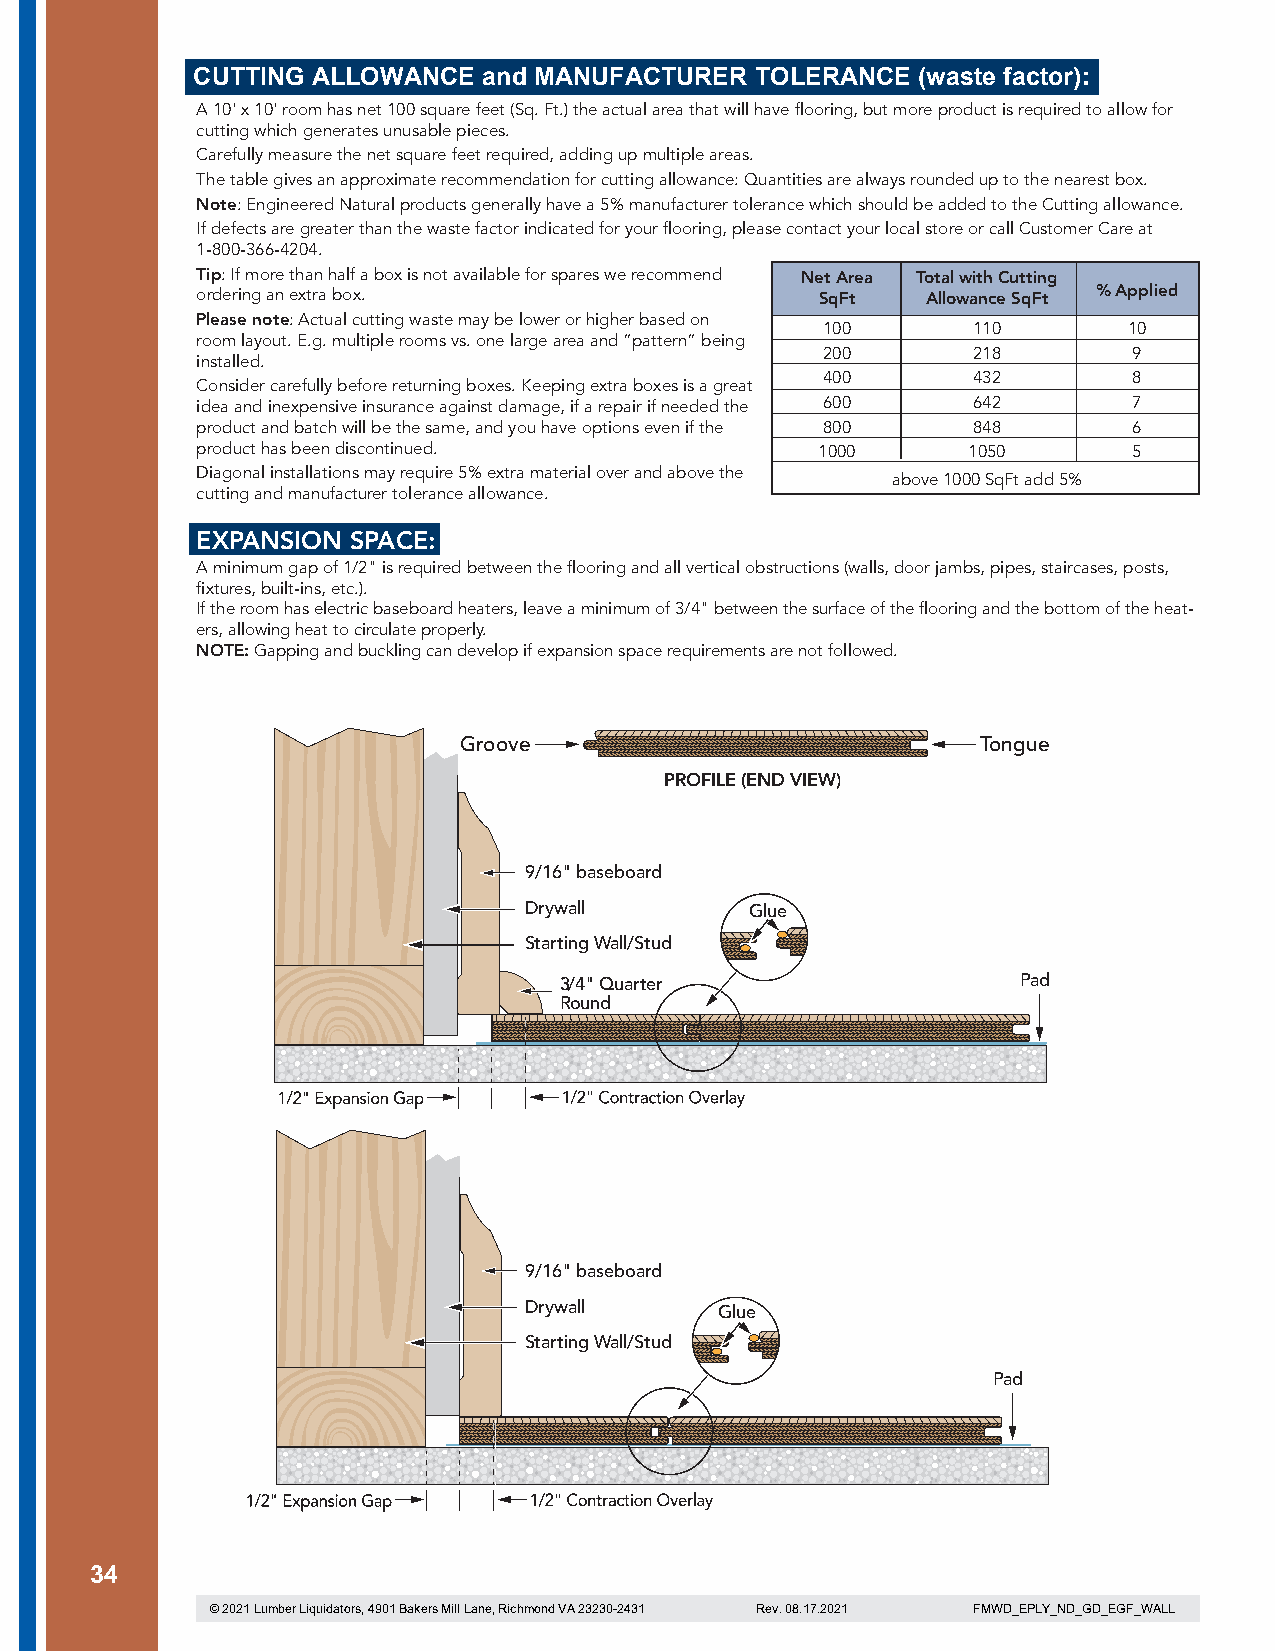
CUTTING ALLOWANCE  and MANUFACTURER  TOLERANCE  (waste factor):
 A 10' x 10' room has net 100 square feet (Sq. Ft.) the actual area that will have flooring, but more product is required to allow for
 cutting which generates unusable pieces.
 Carefully measure the net square feet required, adding up multiple areas.
 The table gives an approximate recommendation for cutting allowa nce: Quantities are always rounded up to the nearest box.
 Note: Engineered Natural products generally have a 5% manufactur er tolerance which should be added to the Cutting allowance.
 If defects are greater than the waste factor indicated for your flooring, please contact your local store or call Customer Care at
 1-800-366-4204.
 Tip: If more than hal f a box is not available for spares we recommend Net Area Total with Cutting
 ordering an extra bo x.                  SqFt   Allowance SqFt % Applied
 Please note: Actual cutting waste may be lower or higher based on
 100       110        10
 room layout. E.g. multiple rooms vs. one large area and ”pattern” being
 200       218        9
 installed.
 400       432        8
 Consider carefully before returning boxes. Keeping extra boxes is a great
 idea and inexpensive insurance against damage, if a repair if needed the 600 642 7
 product and batch w ill be the same, and you have opt ions even if the 800 848 6
 product has been dis continued.          1000      1050       5
 Diagonal installations may require 5% extra material over and above the
 above 1000 SqFt add 5%
 cutting and manufacturer tolerance allowance.
 EXPANSION SPACE:
 A minimum gap of 1/2" is required between the flooring and all vertical obstructions (walls, door jambs, pipes, staircases, posts,
 fixtures, built-ins, etc.).
 If the room has electric baseboard heaters, leave a minimum of 3/4" between the surface of the flooring and the bottom of the heat-
 ers, allowing heat to circulate properly.
 NOTE: Gapping and buckling can develop if expansion space requirements are not followed.
 Groove                             Tongue
 PROFILE (END VIEW)
 9/16" baseboard
 Drywall        Glue
 Starting Wall/Stud
 3/4" Quarter                   Pad
 Round
 9/16" baseboard
 Drywall      Glue
 Starting Wall/Stud
 Pad
 34
 © 2021 Lumber Liquidators, 4901 Bakers Mill Lane, Richmond VA 23230-2431 Rev. 08.17.2021 FMWD_EPLY_ND_GD_EGF_WALL